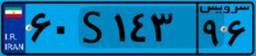
۷۲S۱۶۵۱۳